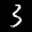
Label: 3